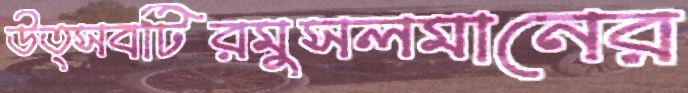
উত্সবটিরমুসলমানের